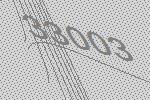
33003